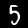
Digit: 5